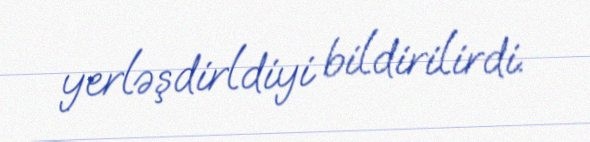
yerləşdirldiyi bildirilirdi.